Indian journal of veterinary science and animal husbandry - Volume 10,
Year: 1940
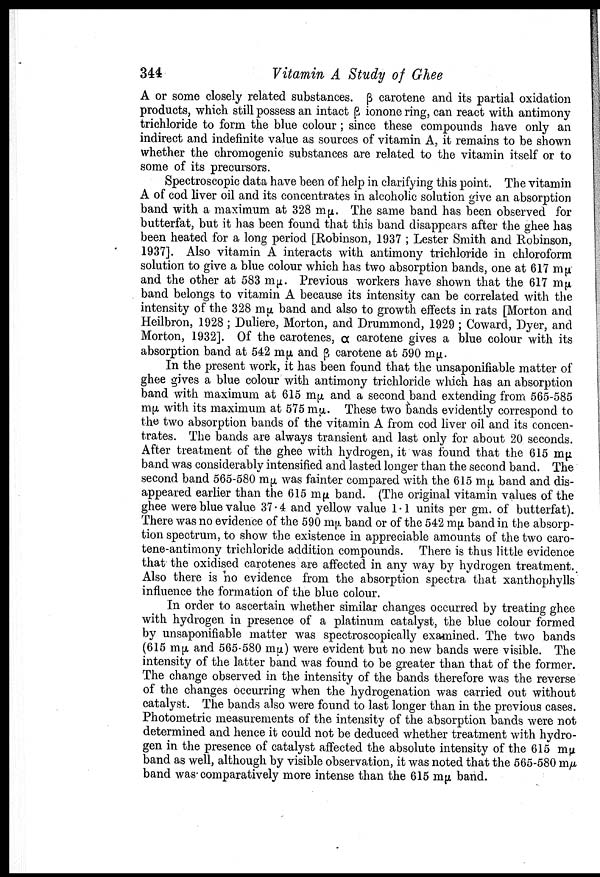
344
Vitamin A Study of Ghee
A or some closely related substances. β carotene and its partial oxidation
products, which still possess an intact β ionone ring, can react with antimony
trichloride to form the blue colour ; since these compounds have only an
indirect and indefinite value as sources of vitamin A, it remains to be shown
whether the chromogenic substances are related to the vitamin itself or to
some of its precursors.
Spectroscopic data have been of help in clarifying this point. The vitamin
A of cod liver oil and its concentrates in alcoholic solution give an absorption
band with a maximum at 328 m µ. The same band has been observed for
butterfat, but it has been found that this band disappears after the ghee has
been heated for a long period [Robinson, 1937 ; Lester Smith and Robinson,
1937]. Also vitamin A interacts with antimony trichloride in chloroform
solution to give a blue colour which has two absorption bands, one at 617 m µ
and the other at 583 m µ. Previous workers have shown that the 617 m µ
band belongs to vitamin A because its intensity can be correlated with the
intensity of the 328 m µ band and also to growth effects in rats [Morton and
Heilbron, 1928 ; Duliere, Morton, and Drummond, 1929 ; Coward, Dyer, and
Morton, 1932]. Of the carotenes, α carotene gives a blue colour with its
absorption band at 542 m µ and β carotene at 590 m µ.
In the present work, it has been found that the unsaponifiable matter of
ghee gives a blue colour with antimony trichloride which has an absorption
band with maximum at 615 m µ and a second band extending from 565-585
m µ with its maximum at 575 m µ. These two bands evidently correspond to
the two absorption bands of the vitamin A from cod liver oil and its concen
trates. The bands are always transient and last only for about 20 seconds.
After treatment of the ghee with hydrogen, it was found that the 615 m µ
band was considerably intensified and lasted longer than the second band. The
second band 565-580 m µ was fainter compared with the 615 m µ band and dis
appeared earlier than the 615 m µ band. (The original vitamin values of the
ghee were blue value 37.4 and yellow value 1.1 units per gm. of butterfat).
There was no evidence of the 590 m µ band or of the 542 m µ band in the absorp
tion spectrum, to show the existence in appreciable amounts of the two caro
tene-antimony trichloride addition compounds. There is thus little evidence
that the oxidised carotenes are affected in any way by hydrogen treatment.
Also there is no evidence from the absorption spectra that xanthophylls
influence the formation of the blue colour.
In order to ascertain whether similar changes occurred by treating ghee
with hydrogen in presence of a platinum catalyst, the blue colour formed
by unsaponifiable matter was spectroscopically examined. The two bands
(615 m µ and 565.580 m µ ) were evident but no new bands were visible. The
intensity of the latter band was found to be greater than that of the former.
The change observed in the intensity of the bands therefore was the reverse
of the changes occurring when the hydrogenation was carried out without
catalyst. The bands also were found to last longer than in the previous cases.
Photometric measurements of the intensity of the absorption bands were not
determined and hence it could not be deduced whether treatment with hydro
gen in the presence of catalyst affected the absolute intensity of the 615 m µ
band as well, although by visible observation, it was noted that the 565-580 m µ
band was comparatively more intense than the 615 m µ band.